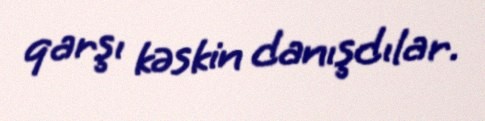
qarşı kəskin danışdılar.